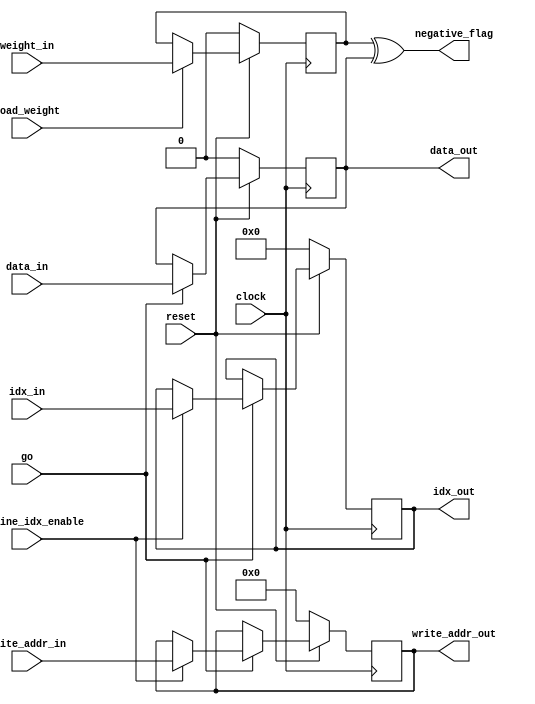
// ece 564 - project 1 - Arpad Voros
module conv_module (clock,
					reset,
					go,
					load_weight,
					weight_in,
					data_in,
					pipeline_idx_enable,
					write_addr_in,
					idx_in,
					data_out,
					write_addr_out,
					idx_out,
					negative_flag);

input clock;
input reset;
input go;

input load_weight;
input weight_in;

input data_in;
input pipeline_idx_enable;
input [11:0] write_addr_in;
input [3:0] idx_in;

output reg data_out;
output reg [11:0] write_addr_out;
output reg [3:0] idx_out;

output wire negative_flag;

reg weight;

always@(posedge clock)
begin
	if (!reset) begin // active low reset
		// reset input indicies
		write_addr_out <= 4'b0;
		idx_out <= 4'b0;
		// reset weight to 0 (negative)
		weight <= 1'b0;
		// reset data to 0 (negative)
		data_out <= 1'b0;
	end else begin
		if (go) begin
			// start passing values every clockcycle
			data_out <= data_in;
			if (pipeline_idx_enable) begin
				// pass index forward
				write_addr_out <= write_addr_in;
				idx_out <= idx_in;
			end else begin
				// otherwise retain index
				write_addr_out <= write_addr_out;
				idx_out <= idx_out;
			end
		end else begin
			// otherwise retain values
			data_out <= data_out;
			write_addr_out <= write_addr_out;
			idx_out <= idx_out;
		end
		
		if (load_weight) begin
			// load weight
			weight <= weight_in;
		end else begin
			// retain weight
			weight <= weight;
		end
	end
end

// multiplication of weight and data. 1 if negative, 0 if positive
assign negative_flag = weight ^ data_out;

endmodule